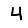
Digit: 4